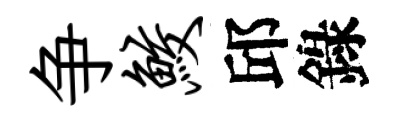
争鲛邱錄